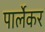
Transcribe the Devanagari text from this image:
पार्लेकर